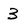
Character: 3